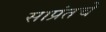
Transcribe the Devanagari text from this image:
साप्रंतचे